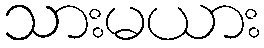
သားမယား